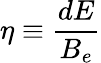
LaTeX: \eta\equiv\frac{dE}{B_{e}}